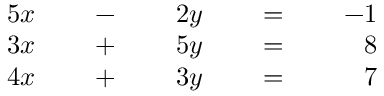
{ \begin{array} { r l r l r l r l r l } { { 5 } x } & { } & { \; - \; } & { } & { 2 y } & { } & { \; = \; } & { } & { - 1 } & { } \\ { 3 x } & { } & { \; + \; } & { } & { 5 y } & { } & { \; = \; } & { } & { 8 } & { } \\ { 4 x } & { } & { \; + \; } & { } & { 3 y } & { } & { \; = \; } & { } & { 7 } & { } \end{array} }